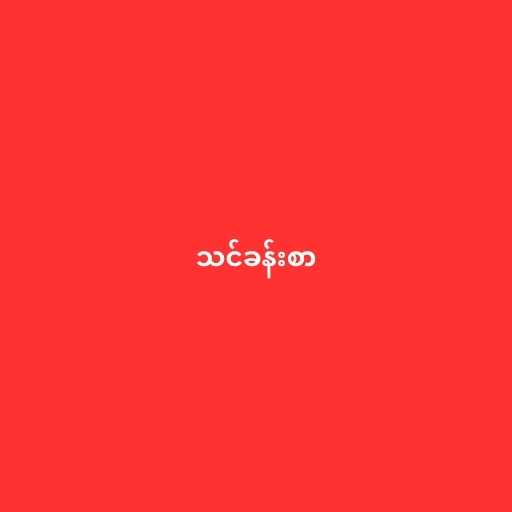
သင်ခန်းစာ